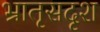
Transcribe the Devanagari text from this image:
भ्रातृसदृश